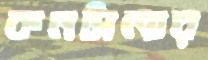
কনসিলার